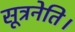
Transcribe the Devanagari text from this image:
सूत्रनेति।